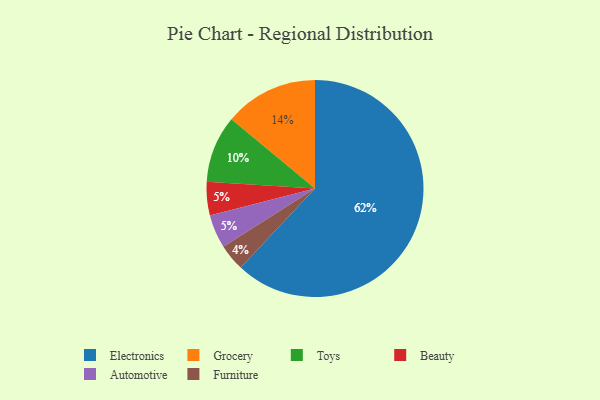
{"axis": {"x": "Category", "y": "Percentage"}, "legend": ["Automotive", "Beauty", "Electronics", "Furniture", "Grocery", "Toys"], "data": [{"x": "Grocery", "y": 14, "type": "Grocery"}, {"x": "Beauty", "y": 5, "type": "Beauty"}, {"x": "Furniture", "y": 4, "type": "Furniture"}, {"x": "Electronics", "y": 62, "type": "Electronics"}, {"x": "Automotive", "y": 5, "type": "Automotive"}, {"x": "Toys", "y": 10, "type": "Toys"}]}